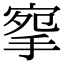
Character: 𢮘